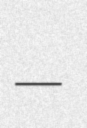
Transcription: –